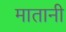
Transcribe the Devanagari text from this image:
मातानी